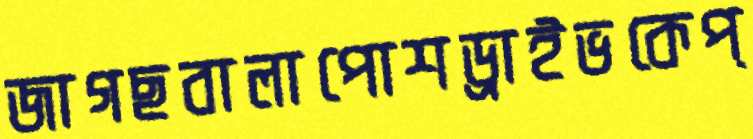
জাগছবালাপোশড্রাইভকেপ্